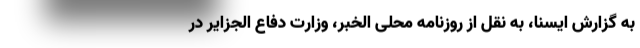
به گزارش ایسنا، به نقل از روزنامه محلی الخبر، وزارت دفاع الجزایر در